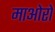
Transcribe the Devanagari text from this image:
माओरो